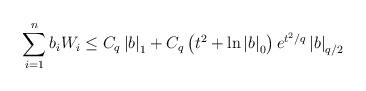
LaTeX: \begin{align*}\sum_{i=1}^nb_iW_i\leq C_q\left\vert b\right\vert _1+C_q\left(t^2+\ln \left\vert b \right\vert_0\right)e^{t^2/q}\left\vert b\right\vert_{q/2}\end{align*}